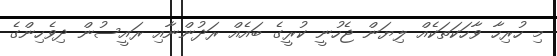
މި ހުރިހާ ވާހަކަތަކެއް ލިޔަން ޖެހުނީ ކުރީގެ ބައެއް ރަދުންނާއި ރައީސުން ދިވެހިންގެ